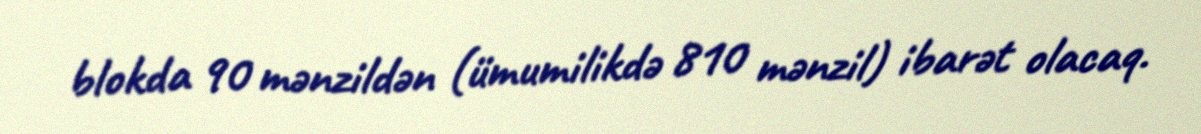
blokda 90 mənzildən (ümumilikdə 810 mənzil) ibarət olacaq.